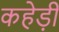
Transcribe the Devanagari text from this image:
कहेड़ी